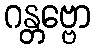
ဂန္တဗ္ဗော